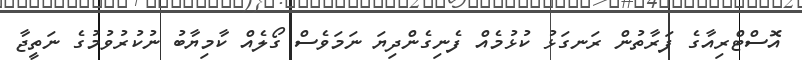
އޮސްޓްރިއާގެ ފަރާތުން ރަނގަޅު ކުޅުމެއް ފެނިގެންދިޔަ ނަމަވެސް ގޯލެއް ކާމިޔާބު ނުކުރުވުމުގެ ނަތީޖާ